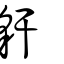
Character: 豻